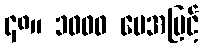
၄၈။ ၁၀၀၀ ပေအမြင့်